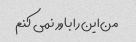
من این را باور نمی کنم